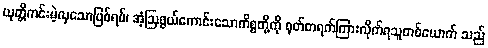
ယုတ္တိကင်းမဲ့လှသောဖြစ်ရပ်၊ အံ့ဩဖွယ်ကောင်းသောကိစ္စတို့ကို ရုတ်တရက်ကြားလိုက်ရသူတစ်ယောက် သည်